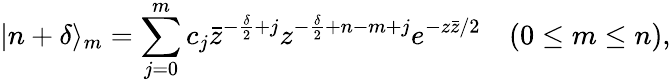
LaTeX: |n+\delta\rangle_{m}=\sum_{j=0}^{m}c_{j}\bar{z}^{-\frac{\delta}{2}+j}z^{-\frac{\delta}{2}+n-m+j}e^{-z\bar{z}/2}\quad(0\leq m\leq n),